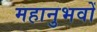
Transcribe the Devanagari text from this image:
महानुभवों